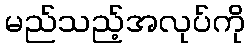
မည်သည့်အလုပ်ကို